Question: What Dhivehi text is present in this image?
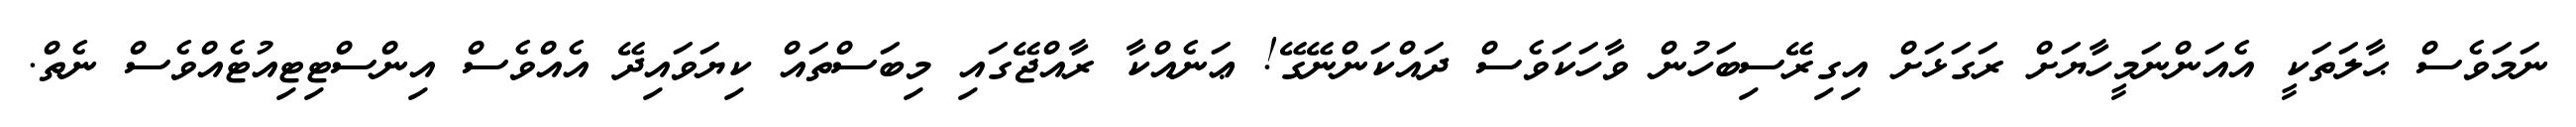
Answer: ނަމަވެސް ޙާލަތަކީ އެއަންނަމީހާޔަށް ރަގަޅަށް އިގިރޭސިބަހުން ވާހަކަވެސް ދައްކަންނޭގޭ! ޢަނެއްކާ ރާއްޖޭގައި މިބަސްތައް ކިޔަވައިދޭ އެއްވެސް އިންސްޓިޓިއުޓެއްވެސް ނެތް.